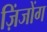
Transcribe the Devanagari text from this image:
ज़िंजोंग